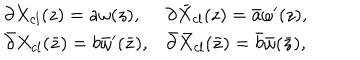
\begin{array} { l l } { { \partial X _ { c l } ( z ) = a \omega ( z ) , } } & { { \partial \bar { X } _ { c l } ( z ) = \bar { a } \omega ^ { \prime } ( z ) , } } \\ { { \bar { \partial } X _ { c l } ( \bar { z } ) = b \bar { \omega } ^ { \prime } ( \bar { z } ) , } } & { { \bar { \partial } \bar { X } _ { c l } ( \bar { z } ) = \bar { b } \bar { \omega } ( \bar { z } ) , } } \\ \end{array}